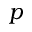
p